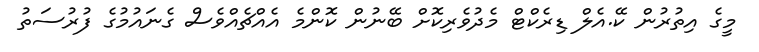
މީގެ އިތުރުން ކޭ.އެލް ޑިރެކްޓް މެދުވެރިކޮށް ބޭނުން ކޮންމެ އެއްޗެއްވެސް ގެނައުމުގެ ފުރުސަތު